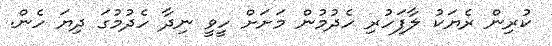
ކުރިން ރެޔަކު ލާފަހުރި ހެދުމުން މަށަށް ހީވީ ނިދާ ހެދުމުގަ ދިޔަ ހެން.